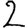
Digit: 2